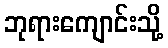
ဘုရားကျောင်းသို့